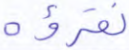
نقرؤه